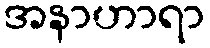
အနာဟာရာ